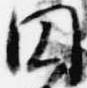
円